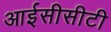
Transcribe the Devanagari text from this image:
आईसीसीटी